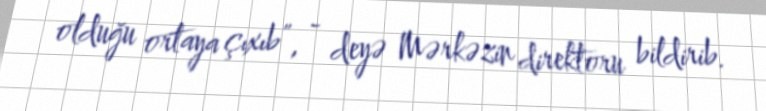
olduğu ortaya çıxıb”, - deyə Mərkəzin direktoru bildirib.